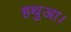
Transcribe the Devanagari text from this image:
हथुआ।